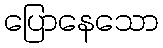
ပြောနေသော